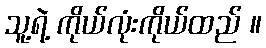
သူ့ရဲ့ ကိုယ်လုံးကိုယ်ထည် ။